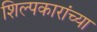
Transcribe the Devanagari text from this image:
शिल्पकारांच्या